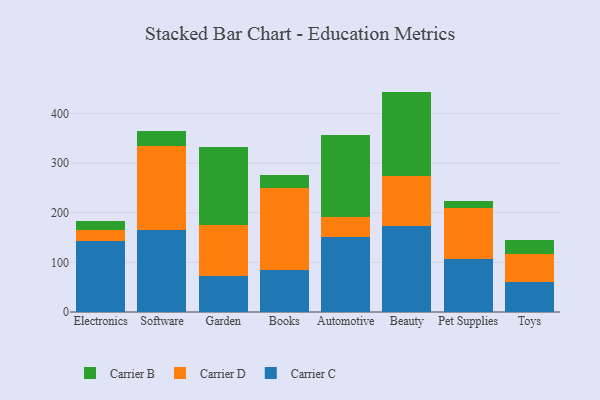
{"axis": {"x": "Category", "y": "Backlog"}, "legend": ["Carrier B", "Carrier C", "Carrier D"], "data": [{"x": "Electronics", "y": 142.6, "type": "Carrier C"}, {"x": "Electronics", "y": 22.3, "type": "Carrier D"}, {"x": "Electronics", "y": 18.5, "type": "Carrier B"}, {"x": "Software", "y": 164.8, "type": "Carrier C"}, {"x": "Software", "y": 170.1, "type": "Carrier D"}, {"x": "Software", "y": 30.3, "type": "Carrier B"}, {"x": "Garden", "y": 72.4, "type": "Carrier C"}, {"x": "Garden", "y": 102.4, "type": "Carrier D"}, {"x": "Garden", "y": 158.4, "type": "Carrier B"}, {"x": "Books", "y": 84.9, "type": "Carrier C"}, {"x": "Books", "y": 164.8, "type": "Carrier D"}, {"x": "Books", "y": 26.8, "type": "Carrier B"}, {"x": "Automotive", "y": 150.7, "type": "Carrier C"}, {"x": "Automotive", "y": 41.0, "type": "Carrier D"}, {"x": "Automotive", "y": 165.2, "type": "Carrier B"}, {"x": "Beauty", "y": 173.7, "type": "Carrier C"}, {"x": "Beauty", "y": 100.1, "type": "Carrier D"}, {"x": "Beauty", "y": 170.6, "type": "Carrier B"}, {"x": "Pet Supplies", "y": 107.5, "type": "Carrier C"}, {"x": "Pet Supplies", "y": 102.1, "type": "Carrier D"}, {"x": "Pet Supplies", "y": 13.3, "type": "Carrier B"}, {"x": "Toys", "y": 60.5, "type": "Carrier C"}, {"x": "Toys", "y": 57.4, "type": "Carrier D"}, {"x": "Toys", "y": 27.6, "type": "Carrier B"}]}